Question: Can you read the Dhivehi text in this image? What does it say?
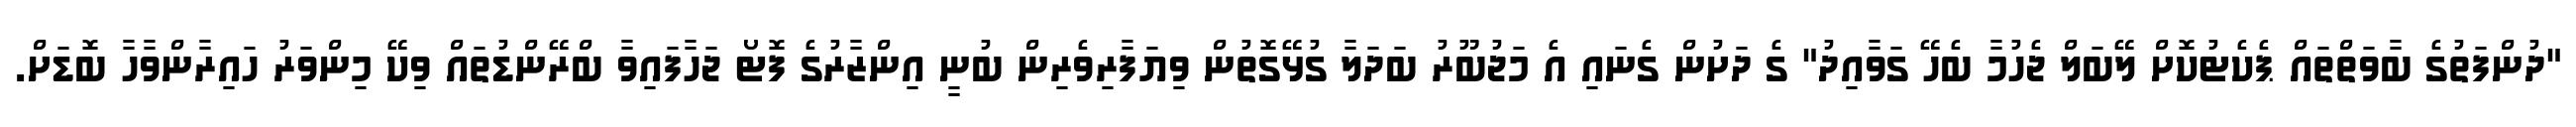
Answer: "ދުންފަތުގެ ބާވަތްތައް ޕެކެޓުކޮށް ލޭބަލް ޖެހުމާ ބެހޭ ގަވާއިދު" ގެ ދަށުން ގެނައި އެ މަޖުބޫރު ބަދަލާ ގުޅޭގޮތުން ވިޔަފާރިވެރިން ބުނީ އިންޒާރުގެ ފޮޓޯ ޖަހާފައިވާ ބްރޭންޑުތައް ވިކޭ މިންވަރު ހައިރާންވާހާ ބޮޑަށް.